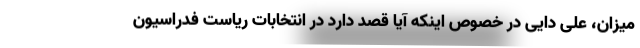
میزان، علی دایی در خصوص اینکه آیا قصد دارد در انتخابات ریاست فدراسیون